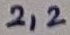
Text: 2,2